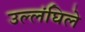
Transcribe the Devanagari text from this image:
उल्लंघिले